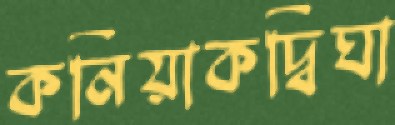
কনিয়াকদ্বিঘা